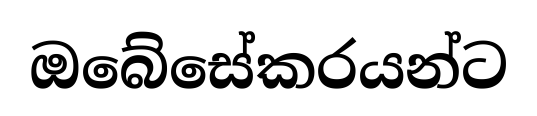
ඔබේසේකරයන්ට